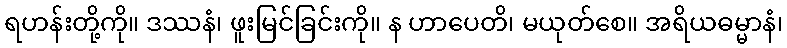
ရဟန်းတို့ကို။ ဒဿနံ၊ ဖူးမြင်ခြင်းကို။ န ဟာပေတိ၊ မယုတ်စေ။ အရိယဓမ္မာနံ၊